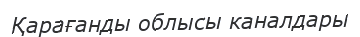
Қарағанды облысы каналдары